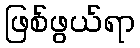
ဖြစ်ဖွယ်ရာ